Annual report of the Punjab Veterinary College and of the Civil Veterinary Department, Punjab - 1926-1932
Year: 1926
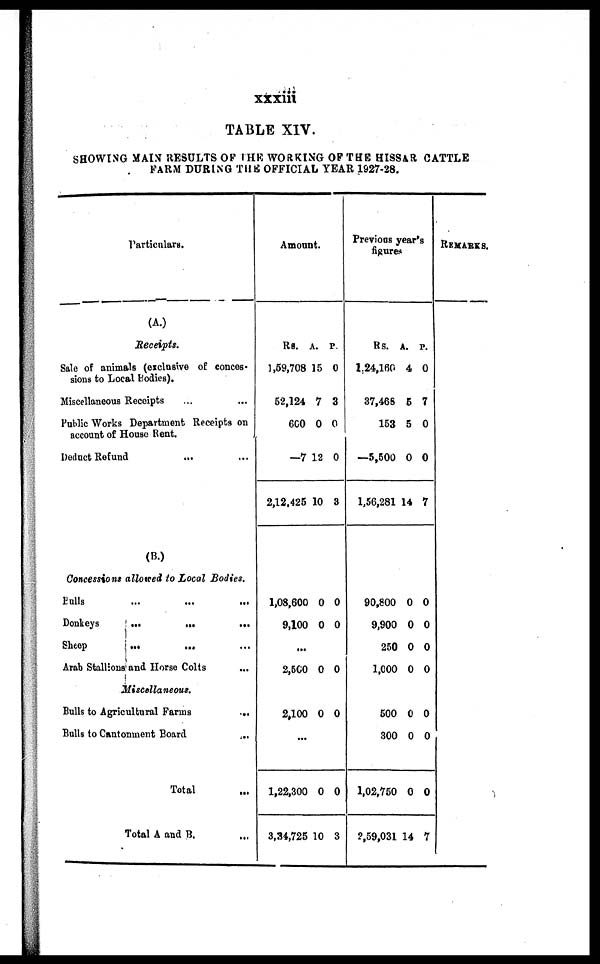
xxxiii
TABLE XIV.
SHOWING MAlN RESULTS OF THE WORKING OF THE HISSAR CATTLE
FARM DURING THE OFFICIAL YEAR 1927-28.
Particulars.
(A.)
Receipts.
Sale of animals (exclusive of conces-
sions to Local Bodies).
Miscellaneous Receipts ... ...
Public Works Department Receipts on
account of House Rent.
Deduct Refund ... ...
(B.)
Concessions allowed to Local Bodies.
Pulls ... ... ...
Donkeys ... ... ...
Sheep ... ... ...
Arab Stallions and Horse Colts ...
Miscellaneous.
Bulls to Agricultural Farms ...
Bulls to Cantonment
Board
...
Total
Total A and B. ...
Amount.
Rs.
1,59,708
52,124
600
—7
2,12,425
A.
15
7
0
12
10
P.
0
3
0
0
3
1,08,600
9,100
0
0
0
0
...
2,500 0 0
2,100 0 0
...
1,22,300
3,34,725
0
10
0
3
Previous year's
figures
Rs.
1,24,160
37,468
153
—5,500
1,56,281
A.
4
5
5
0
14
P.
0
7
0
0
7
90,800
9,900
250
1,000
0
0
0
0
0
0
0
0
500
300
1,02,750
2,59,031
0
0
0
14
0
0
0
7
REMARKS.